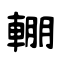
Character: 輣